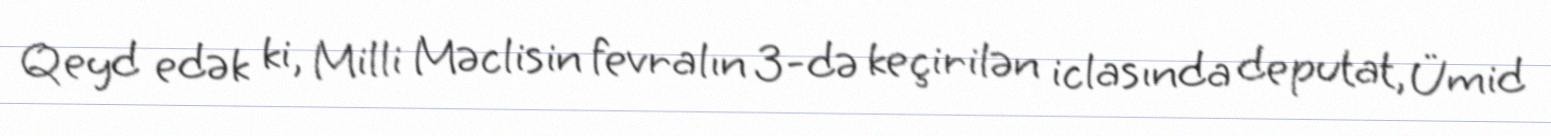
Qeyd edək ki, Milli Məclisin fevralın 3-də keçirilən iclasında deputat, Ümid